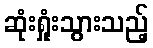
ဆုံးရှုံးသွားသည့်